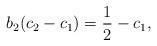
LaTeX: \begin{align*}b_{2}(c_{2}-c_{1})=\frac{1}{2}-c_{1},\end{align*}